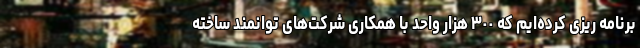
برنامه ریزی کرده‌ایم که ٣٠٠ هزار واحد با همکاری شرکت‌های توانمند ساخته